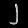
Digit: ၂